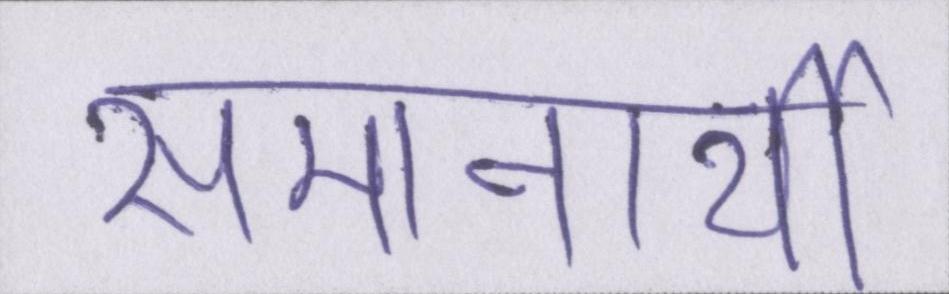
समानार्थी